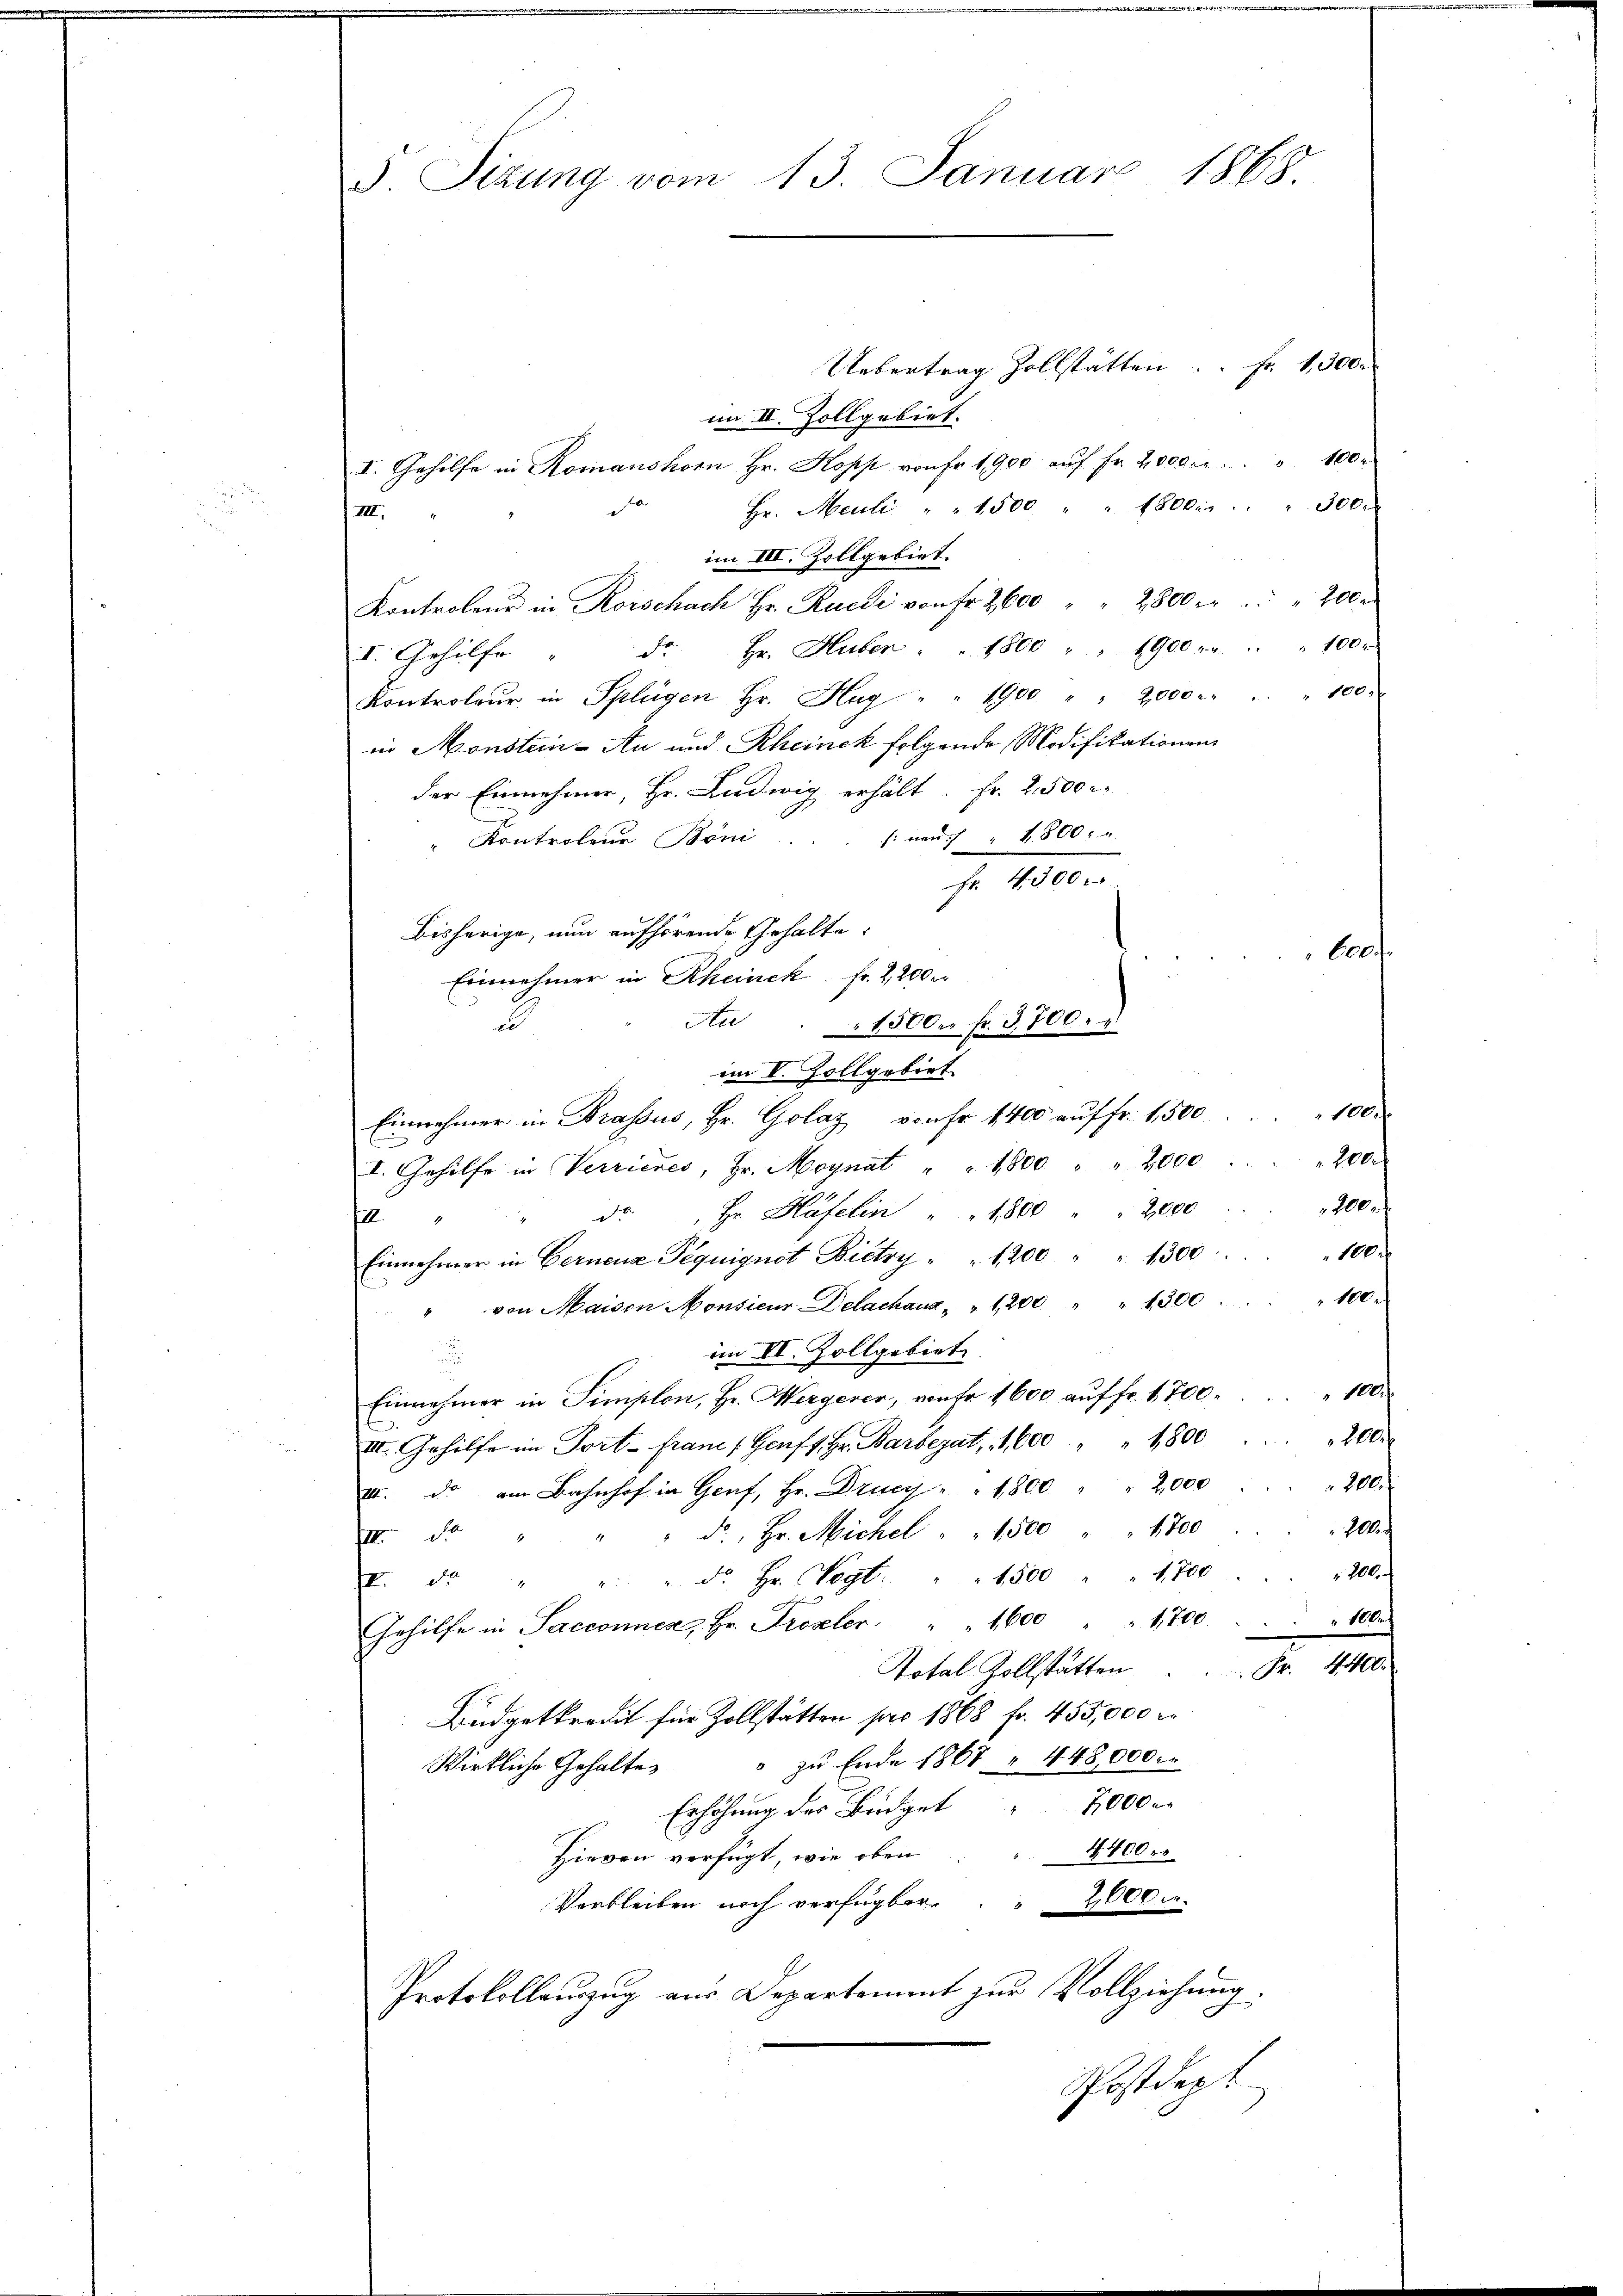
d. Sizung vom 13. Januar 1868.

Uebertrag Zollstätten. Fr. 1300.
im II. Zollgebiet
I. Gehilfe in Romanshorn Hr. Kopp von Fr. 1900 aŭf Fr. 2000. r. " " 100.
a
Hr. Mauli " " 1500 " " 150 bis " " 300.
III.
im III. Zollgebiet.
Kontroleur in Rorschach Hr. Ruedi von Fr. 2600 " " 2800 er " " 200
I. Gehülfe " F. Hr. Huber " " 1800 " " 1900 r " " " 100 r
Kontroleur in Splügen Hr. Hag " " 1900 " " 2,000 . " " 100.
in Monstein-An und Rheineck folgende Modifikationen
der Einnehmer, Hr. Ludwig erhält. Fr. 2500 r
: nach " 4800.
Kontrolene Boni
Fr. 4300 r
bisherige, nun aufhörende Gehalte:
be
Einnehmer in Rheinek. Fr. 2,200 r
u
An . . 1500. fr. 3700.
im V. Zollgebiet
Einnehmer in Brassus, Hr. Golaz, von fr. 1400 auf fr. 1,500
200
I. Gehilfe in Verrieres, Hr. Maynat " " 1800 " " 2000
200 f
d. Hr. Häfelin " " 1500 " 2000
e
106
Einnehmer in Gernenz Pequignet Bicky " " 1200 " " 1300
100 r
" von Maisen Monsieur Delachanz " " 1200 " 1300
im II. Zollgebiet
u
1
Einnehmer in Simplon, Hr. Wergerer, von Fr. 1600 auf fr. 1700.
200.
III. Gehilfe im Port- Franc, Genf 1. Hr. Barberat, 1600 " " 4800
200.
III. d. am Bahnhof in Genf, Hr. Drucy " " 1800 " " 2,000
10
" Fr., Hr. Michel " " 1500 " 1700
IIII de
1702.
I d " " " d. Hr. Wegt. " " 1500 " " 1700
Gehilfe in Sacconnen, Hr. Prozeler. 1600 " " 1,700.
1000
Fr. 440.
Total Zollstätten
Büdgetkredit für Zollstätten pro 1868 fr. 455,000 M
" zu Ende 1867 " 448,000.
Wirkliche Gehalte
Erhöhung des Büdget 2000 r
4400 r
Hievon verfügt, wie oben
2000.
Verbleiben noch verfügbar
Protokollauszug aus Departement zur Vollziehung.
Postdept

100 x